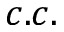
c . c .